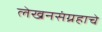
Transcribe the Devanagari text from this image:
लेखनसंग्रहाचे